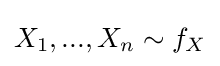
X_{1},...,X_{n}\sim f_{X}